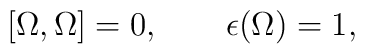
[\Omega, \Omega] = 0, \qquad \epsilon(\Omega) = 1,